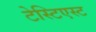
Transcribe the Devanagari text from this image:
टेस्टिएस्ट